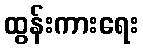
ထွန်းကားရေး